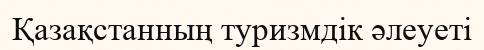
Қазақстанның туризмдік әлеуеті